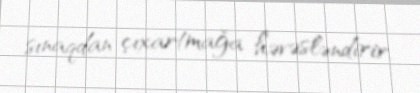
sınaqdan çıxartmağa həvəsləndirir.